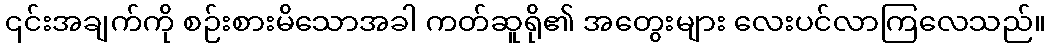
၎င်းအချက်ကို စဉ်းစားမိသောအခါ ကတ်ဆူရို၏ အတွေးများ လေးပင်လာကြလေသည်။